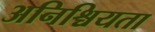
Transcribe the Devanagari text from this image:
अनिश्चियता